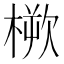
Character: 𣖬